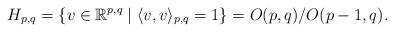
LaTeX: \begin{align*} H_{p,q} = \{v\in {\mathbb R}^{p,q} \mid \langle v,v\rangle_{p,q} = 1\} = O(p,q)/O(p-1,q).\end{align*}